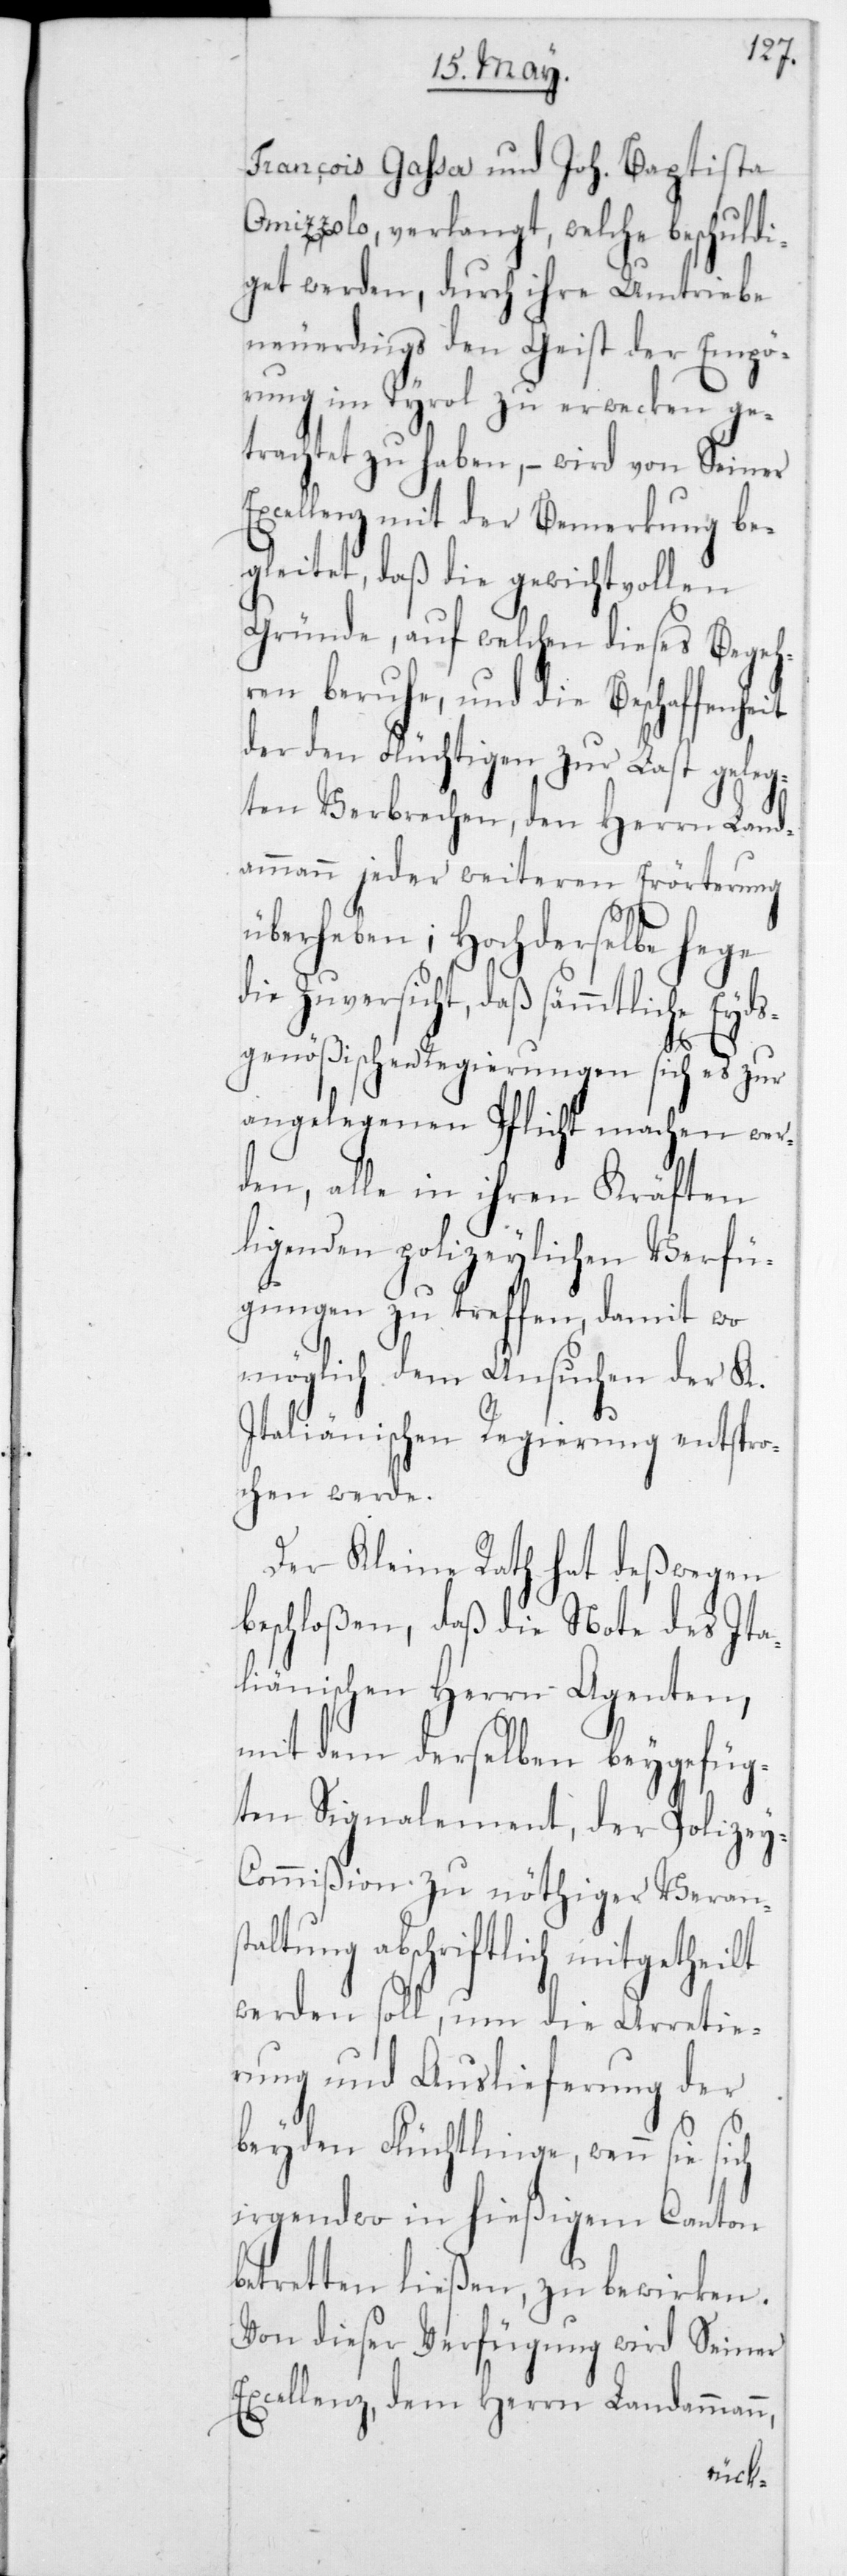
François Gasser und Joh. Baptista
Omizzolo, verlangt, welche beschuldi¬
get werden, durch ihre Umtriebe
neuerdings den Geist der Empö¬
rung im Tyrol zu erwecken ge¬
trachtet zu haben, – wird von Seiner
Excellenz mit der Bemerkung be¬
gleitet, daß die gewichtsvollen
Gründe, auf welchen dieses Begeh¬
ren beruhe, und die Beschaffen¬
der den Flüchtigen zur Last geleg¬
ten Verbrechen, den Herrn Land¬
ammann jeder weiteren Erörterung
überheben; Hochderselbe hege
Zuversicht, daß sämmtliche Eyd¬
sgenößischen Regierungen sich es zur
angelegenen Pflicht machen wer¬
den, alle in ihren Kräften
ligenden polizeylichen Verfü¬
gungen zu treffen, damit wo
möglich dem Ansuchen der K.
Italiänischen Regierung entspro¬
chen werde.
Der Kleine Rath hat deßwegen
beschloßen, daß die Note des Ita¬
liänischen Herrn Agenten,
mit dem derselben beygefüg¬
ten Signalement, der Polizey-C¬
ommißion zu nöthiger Verans¬
taltung abschriftlich mitgetheilt
werden soll, um die Arretie¬
rung und Auslieferung der
beyden Flüchtlinge, wenn sie
irgendwo in hießigem Canton
betretten ließen, zu bewirken.
Von dieser Verfügung wird Seiner
Excellenz, dem Herrn Landammann
heit